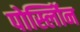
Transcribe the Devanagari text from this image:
पोर्स्लोिन